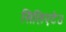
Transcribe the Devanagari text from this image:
सिलिएटेउ